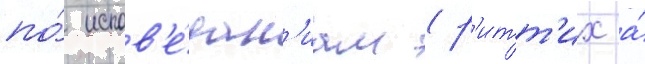
по́ испов'е́дан'иам (р'итт'их а́